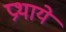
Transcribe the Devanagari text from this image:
प्रथाये